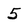
Character: 5